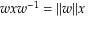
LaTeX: \displaystyle w x w ^ { - 1 } = | | w | | x